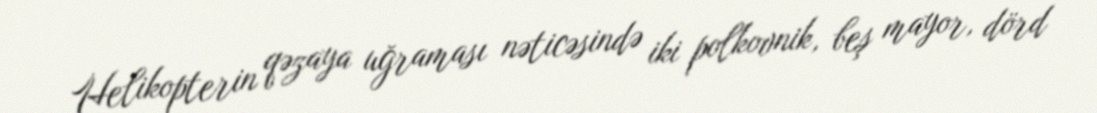
Helikopterin qəzaya uğraması nəticəsində iki polkovnik, beş mayor, dörd